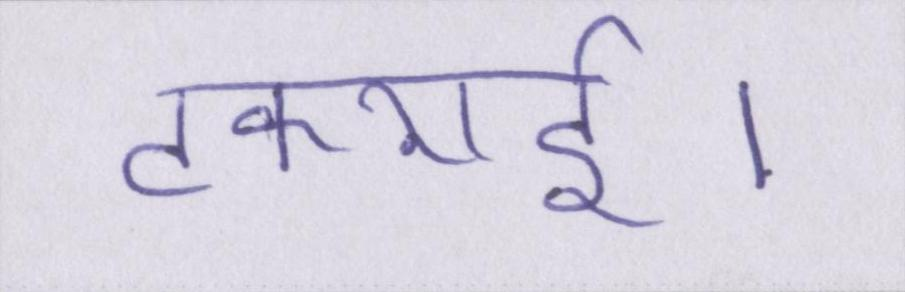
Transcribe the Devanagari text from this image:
टकराई।